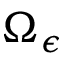
\Omega _ { \epsilon }